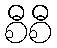
စီစီ